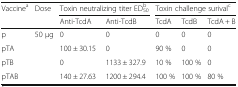
<table><thead><tr><td rowspan="2"><b>Vaccine<sup>a</sup></b></td><td rowspan="2"><b>Dose</b></td><td colspan="2"><b>Toxin neutralizing titer ED<sub>50</sub><sup>b</sup></b></td><td colspan="3"><b>Toxin challenge surival<sup>c</sup></b></td></tr><tr><td><b>Anti-TcdA</b></td><td><b>Anti-TcdB</b></td><td><b>TcdA</b></td><td><b>TcdB</b></td><td><b>TcdA + B</b></td></tr></thead><tbody><tr><td>p</td><td rowspan="4">50 μg</td><td>0</td><td>0</td><td>0</td><td>0</td><td>0</td></tr><tr><td>pTA</td><td>100 ± 30.15</td><td>0</td><td>90 %</td><td>0</td><td>0</td></tr><tr><td>pTB</td><td>0</td><td>1133 ± 327.9</td><td>10 %</td><td>100 %</td><td>0</td></tr><tr><td>pTAB</td><td>140 ± 27.63</td><td>1200 ± 294.4</td><td>100 %</td><td>100 %</td><td>80 %</td></tr></tbody></table>